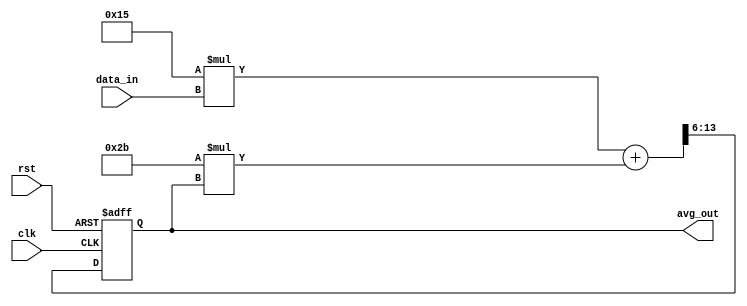
module exp_mov_avg_accumulator (
    input wire clk,
    input wire rst,
    input wire [7:0] data_in,
    output reg [7:0] avg_out
);

reg [7:0] current_avg;
reg [7:0] alpha;
parameter ALPHA = 6'b010101;  // Weighting constant for exponential moving average calculation

always @ (posedge clk or posedge rst) begin
    if (rst) begin
        current_avg <= 8'b0;
    end else begin
        current_avg <= ((ALPHA * data_in) + ((64 - ALPHA) * current_avg)) >> 6;
    end
end

assign avg_out = current_avg;

endmodule